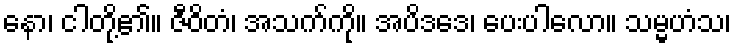
နော၊ ငါတို့၏။ ဇီဝိတံ၊ အသက်ကို။ အပိဒဒေ၊ ပေးပါလော။ သမ္မဟံသ၊